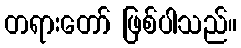
တရားတော် ဖြစ်ပါသည်။